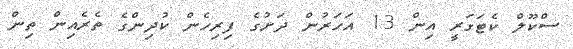
ސްކޫލް ކެޓަގަރީ އިން 13 އަހަރުން ދަށުގެ ފިރިހެން ކުދިންގެ ތެރެއިން ތިން